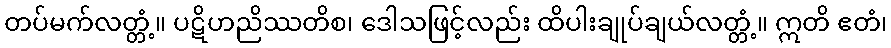
တပ်မက်လတ္တံ့။ ပဋိဟညိဿတိစ၊ ဒေါသဖြင့်လည်း ထိပါးချုပ်ချယ်လတ္တံ့။ ဣတိ ဧတံ၊